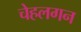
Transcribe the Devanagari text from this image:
चेहलगन